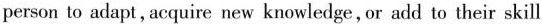
person to adapt, acquire new knowledge, or add to their skill